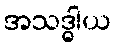
အသဒ္ဓါယ